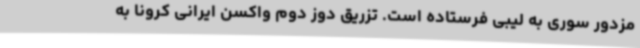
مزدور سوری به لیبی فرستاده است. تزریق دوز دوم واکسن ایرانی کرونا به